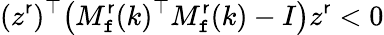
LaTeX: (z^{\mathsf{r}})^{\top}\big(M_{\mathtt{f}}^{\mathsf{r}}(k)^{\top}M_{\mathtt{f}}^{\mathsf{r}}(k)-I\big)z^{\mathsf{r}}<0